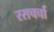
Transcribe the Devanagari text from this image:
रसचर्चा